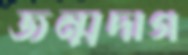
জন্মদাগ